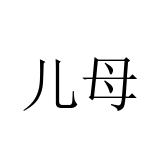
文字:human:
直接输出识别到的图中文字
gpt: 儿母